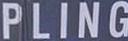
PLING